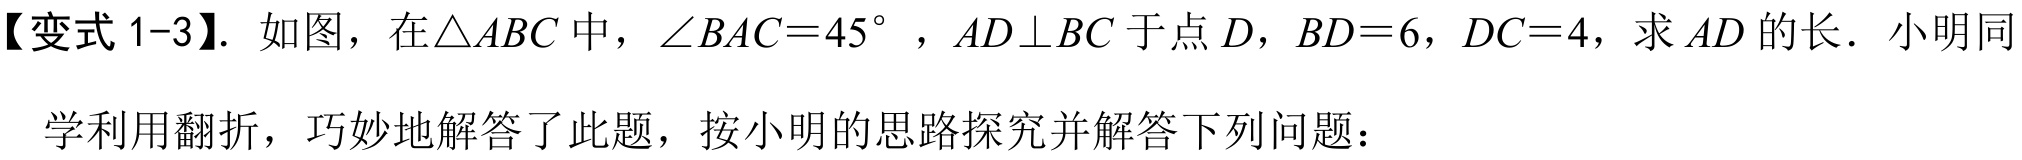
【变式 1-3】. 如图，在\(\triangle ABC\)中，\(\angle BAC = 45^{\circ}\)，\(AD\perp BC\)于点\(D\)，\(BD = 6\)，\(DC = 4\)，求\(AD\)的长．小明同学利用翻折，巧妙地解答了此题，按小明的思路探究并解答下列问题：